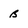
Character: b